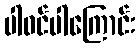
ပါဝင်ပါကြောင်း